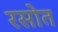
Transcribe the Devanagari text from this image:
रसोत